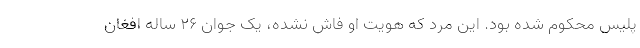
پلیس محکوم شده بود. این مرد که هویت او فاش نشده، یک جوان ۲۶ ساله افغان